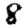
Digit: 8